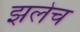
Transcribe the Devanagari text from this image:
झलेच